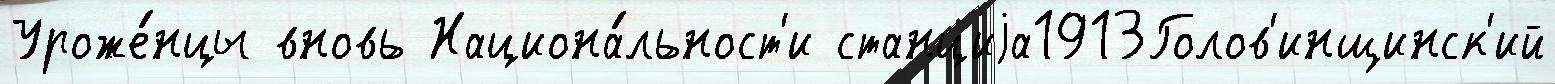
Уроже́нцы вновь Национа́льност'и станциjа1913Голов'инщинск'ий